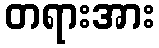
တရားအား